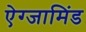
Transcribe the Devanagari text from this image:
ऐग्जामिंड